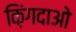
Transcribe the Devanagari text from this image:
क़िंगदाओ